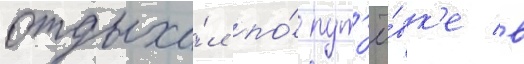
отдыха́л по́ пут'ё́вк'е в